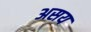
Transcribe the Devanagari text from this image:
असय